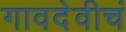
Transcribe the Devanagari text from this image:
गावदेवीचं